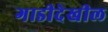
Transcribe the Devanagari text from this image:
गाडीदेखील